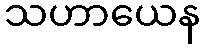
သဟာယေန